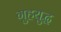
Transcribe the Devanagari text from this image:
गुहयुद्ध